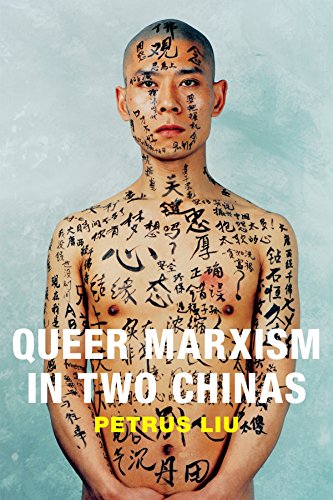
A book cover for Queer Marxism in Two Chinas; Petrus Liu; Gay & Lesbian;